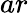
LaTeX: ar